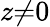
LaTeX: z{\neq}0